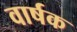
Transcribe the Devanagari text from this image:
वार्षक